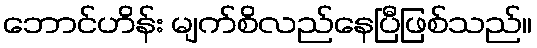
ဘောင်ဟိန်း မျက်စိလည်နေပြီဖြစ်သည်။